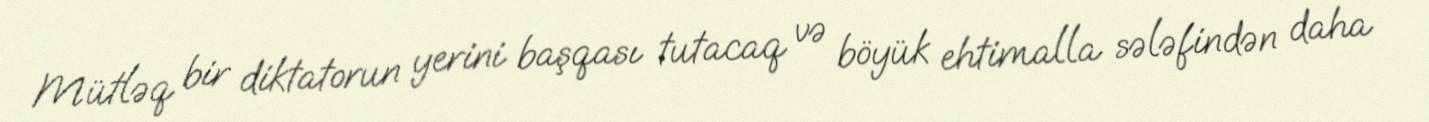
Mütləq bir diktatorun yerini başqası tutacaq və böyük ehtimalla sələfindən daha